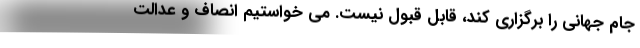
جام جهانی را برگزاری کند، قابل قبول نیست. می خواستیم انصاف و عدالت